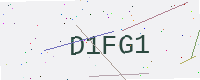
Text: D1FG1